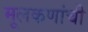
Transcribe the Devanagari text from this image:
मूलकणांची